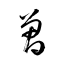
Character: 曽